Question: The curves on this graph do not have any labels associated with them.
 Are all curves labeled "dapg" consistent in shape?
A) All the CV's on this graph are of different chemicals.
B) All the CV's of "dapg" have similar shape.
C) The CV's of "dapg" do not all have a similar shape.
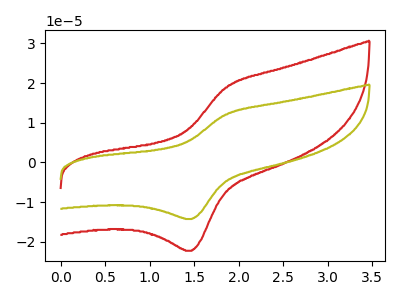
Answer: <think>The red curve "red" has an anodic peak at (1.85V, 18.85uA) and a cathodic peak at (1.45V, -22.25uA). The olive curve "olive" has an anodic peak at (1.85V, 12.10uA) and a cathodic peak at (1.45V, -14.25uA).
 All the peaks in "red" have a peak in "olive" at the same potential. Every peak in "red" is higher than every peak in "olive".</think>
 <answer>B) All the CV's of "dapg" have similar shape.</answer>
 <eval>B</eval>